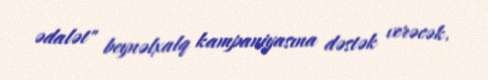
ədalət" beynəlxalq kampaniyasına dəstək verəcək.